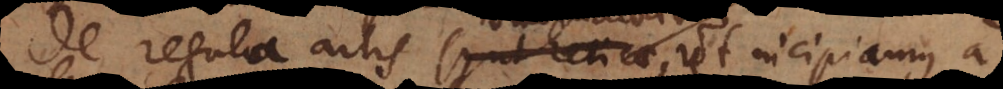
De regula artis syntheticae,, ut incipiamus a